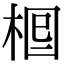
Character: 𣒪